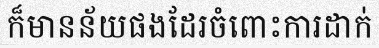
ក៏មានន័យផងដែរចំពោះការដាក់